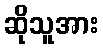
ဆိုသူအား